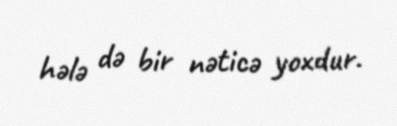
hələ də bir nəticə yoxdur.